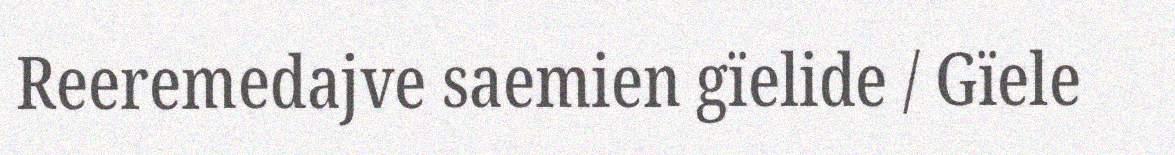
Reeremedajve saemien gïelide / Gïele